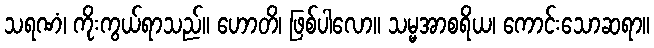
သရဏံ၊ ကိုးကွယ်ရာသည်။ ဟောတိ၊ ဖြစ်ပါလော။ သမ္မအာစရိယ၊ ကောင်းသောဆရာ။